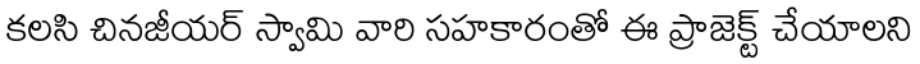
కలసి చినజీయర్ స్వామి వారి సహకారంతో ఈ ప్రాజెక్ట్ చేయాలని